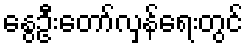
နွေဦးတော်လှန်ရေးတွင်